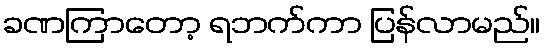
ခဏကြာတော့ ရဘက်ကာ ပြန်လာမည်။